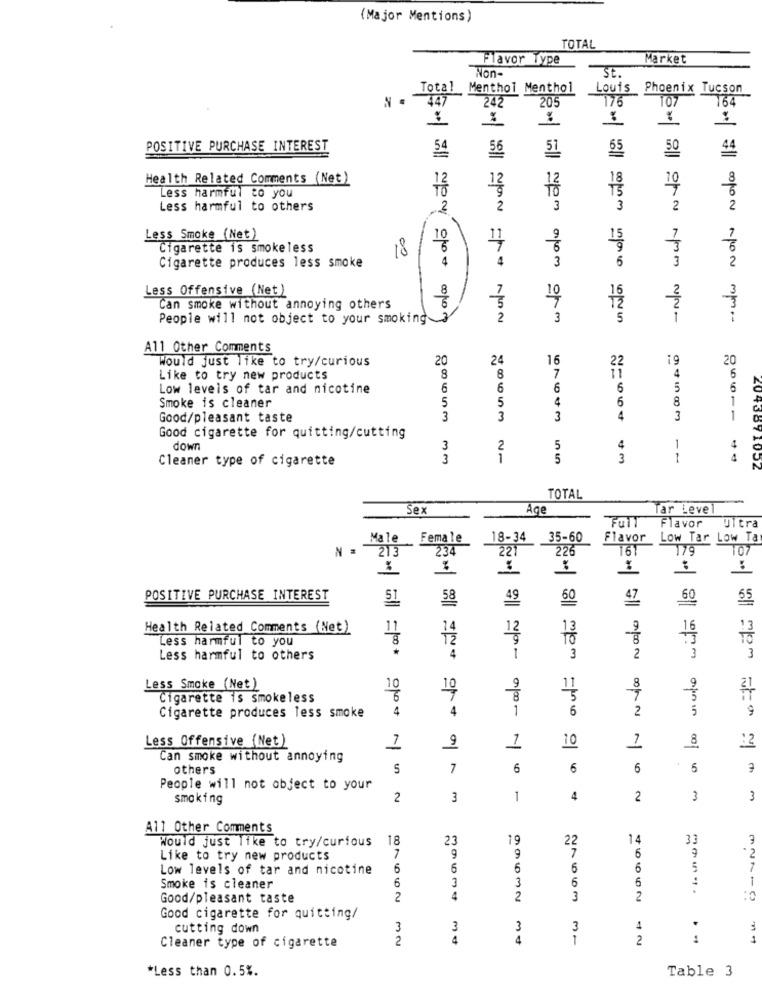
(Major Mentions)
TOTAL
Flavor Type
Market
Non-
SE.
Total Menthol Menthol
Colas Año NON " "A
Louis Phoenix Tucson
-NN WWW NYO 16 40
-. ww Nols NOVO 1|B|"2 0
447
205
176
107
64
242
%
:
POSITIVE PURCHASE INTEREST
54
56
51
65
50
Health Related Comments (Net)
12
10
12
Less harmful to you
9
Less harmful to others
2
2
NON AVE
3
3
2
2
Less Smoke (Net)
1
Cigarette is smokeless
18
4
Cigarette produces less smoke
4
3
6
Less Offensive (Net)
10
Can smoke without annoying others
People will not object to your smoking
2
3
5
1
A11 Other Comments
5!
Would just like to try/curious
20
24
16
20
4
ZCOIARS 07
Like to try new products
8
8
7
6
Low levels of tar and nicotine
6
6
6
6
5
6
5
5
6
8
1
Smoke is cleaner
Good/pleasant taste
3
3
3
4
3
1
Good cigarette for quitting/cutting
down
3
2
5
4
1
4
Cleaner type of cigarette
3
1
5
3
1
4
TOTAL
-
Sex
Age
Tar Leve
Flavor
Full
Ultra
Male
Female
18-34
35-60
Flavor
Low Tar Low Ta
213
234
221
226
16T
179
107
POSITIVE PURCHASE INTEREST
51
58
49
60
47
60
Health Related Comments (Net)
14
13
9
Less harmful to you
T2
TO
Less harmful to others
4
1
3
2
3
3
Less Smoke (Net)
10
10
9
9
Cigarette is smokeless
8
4
4
1
6
2
9
Cigarette produces less smoke
Less Offensive (Net)
9
1
8
10
12
Can smoke without annoying
€
others
7
6
6
6
5
People will not object to your
smoking
2
3
1
4
2
3
3
A11 Other Comments
18
23
19
22
14
33
Would just like to try/curious
9
7
2
Like to try new products
7
9
6
Low levels of tar and nicotine
6
6
6
6
6
5
7
3
3
6
6
:
1
Smoke is cleaner
6
Good/pleasant taste
2
4
2
3
2
Good cigarette for quitting/
cutting down
3
3
3
3
4
.
2
4
4
2
Cleaner type of cigarette
*Less than 0.5%.
Table 3